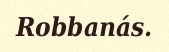
Robbanás.